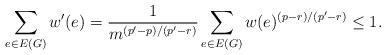
LaTeX: \begin{align*}\sum_{e\in E(G)}w'(e)=\frac{1}{m^{(p'-p)/(p'-r)}}\sum_{e\in E(G)}w(e)^{(p-r)/(p'-r)}\leq 1.\end{align*}